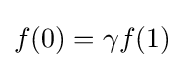
f(0)=\gamma f(1)